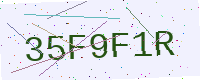
Text: 35F9F1R